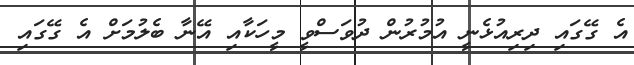
އެ ގޭގައި ދިރިއުޅެނީ އުމުރުން ދުވަސްވީ މީހަކާއި އޭނާ ބެލުމަށް އެ ގޭގައި